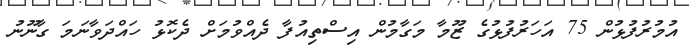
އުމުރުފުޅުން 75 އަހަރުފުޅުގެ ޒޫމާ މަގާމުން އިސްތިއުފާ ދެއްވުމަށް ދެކޮޅު ހައްދަވާނަމަ ގާނޫނު